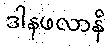
ဒါနဖလာနိ